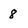
Character: 8